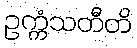
ဥက္ကံသတီတိ